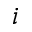
i